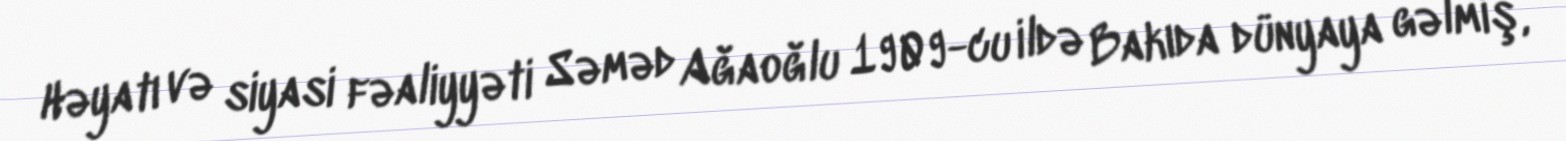
Həyatı və siyasi fəaliyyəti Səməd Ağaoğlu 1909-cu ildə Bakıda dünyaya gəlmiş,